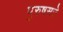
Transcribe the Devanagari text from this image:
पुरुषसत्ते